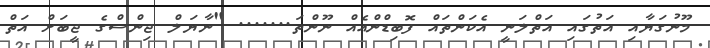
މޫނުގަޔާއި އަތުގައި އަތްލަނީ އެކަންތައް ފޮބިޑްންއެއް ނޫންތަ....... "ނާޔަލް ޖިންސްގެ ޖީބަށް އަތް